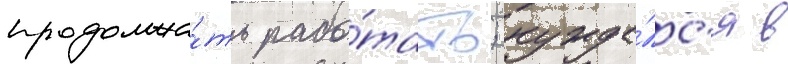
продолжа́ть рабо́тать; нужда́лс'я в